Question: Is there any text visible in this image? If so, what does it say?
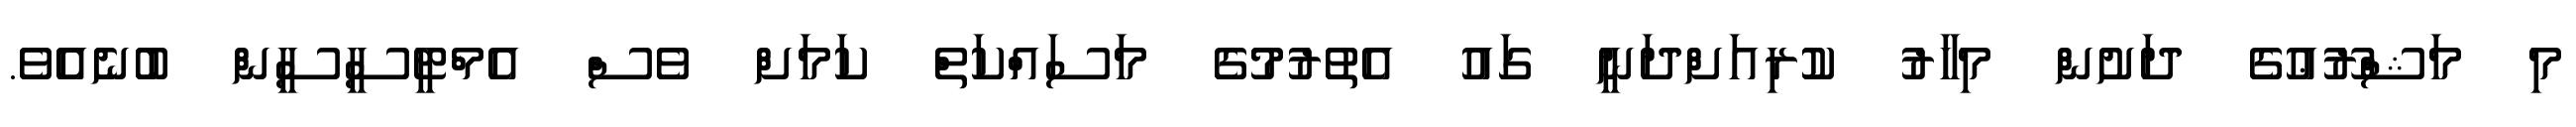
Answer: މި މަޝްރޫޢުގެ ދަށުން މިހާރު ކުރިއަށްދަނީ ގައު އެތުރުމުގެ މަސައްކަތް ކަމަށް ވެސް އެމްޓީސީސީން ބުނެއެެވެ.